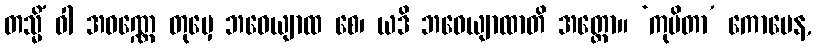
တသ္မိံ ဝါ အဝဏ္ဏေ တုမှေ ဘဝေယျာထ စေ၊ ယဒိ ဘဝေယျာထာတိ အတ္ထော။ ‘ကုပိတာ’ ကောပေန,